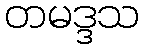
တမဒ္ဒသ